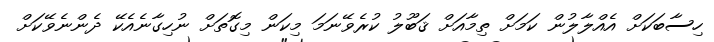
ހިސާބަކަށް އެއްލާލުން ކަމަށް ތިމާއަށް ޤަބޫލު ކުރެވޭނަމަ މިކަން މިގޮތަށް ނުހިގާނެއެކޭ ދެންނެވޭކަށް